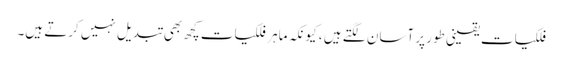
فلکیات یقینی طور پر آسان لگتے ہیں ، کیونکہ ماہر فلکیات کچھ بھی تبدیل نہیں کرتے ہیں۔